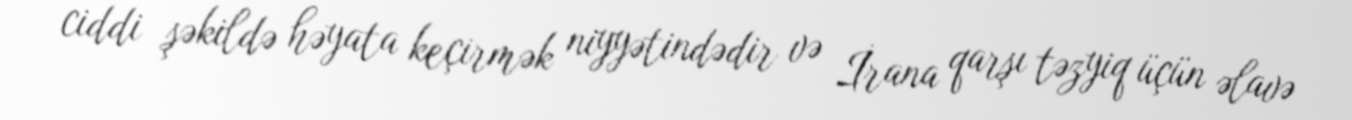
ciddi şəkildə həyata keçirmək niyyətindədir və İrana qarşı təzyiq üçün əlavə